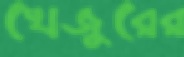
খেজুরের